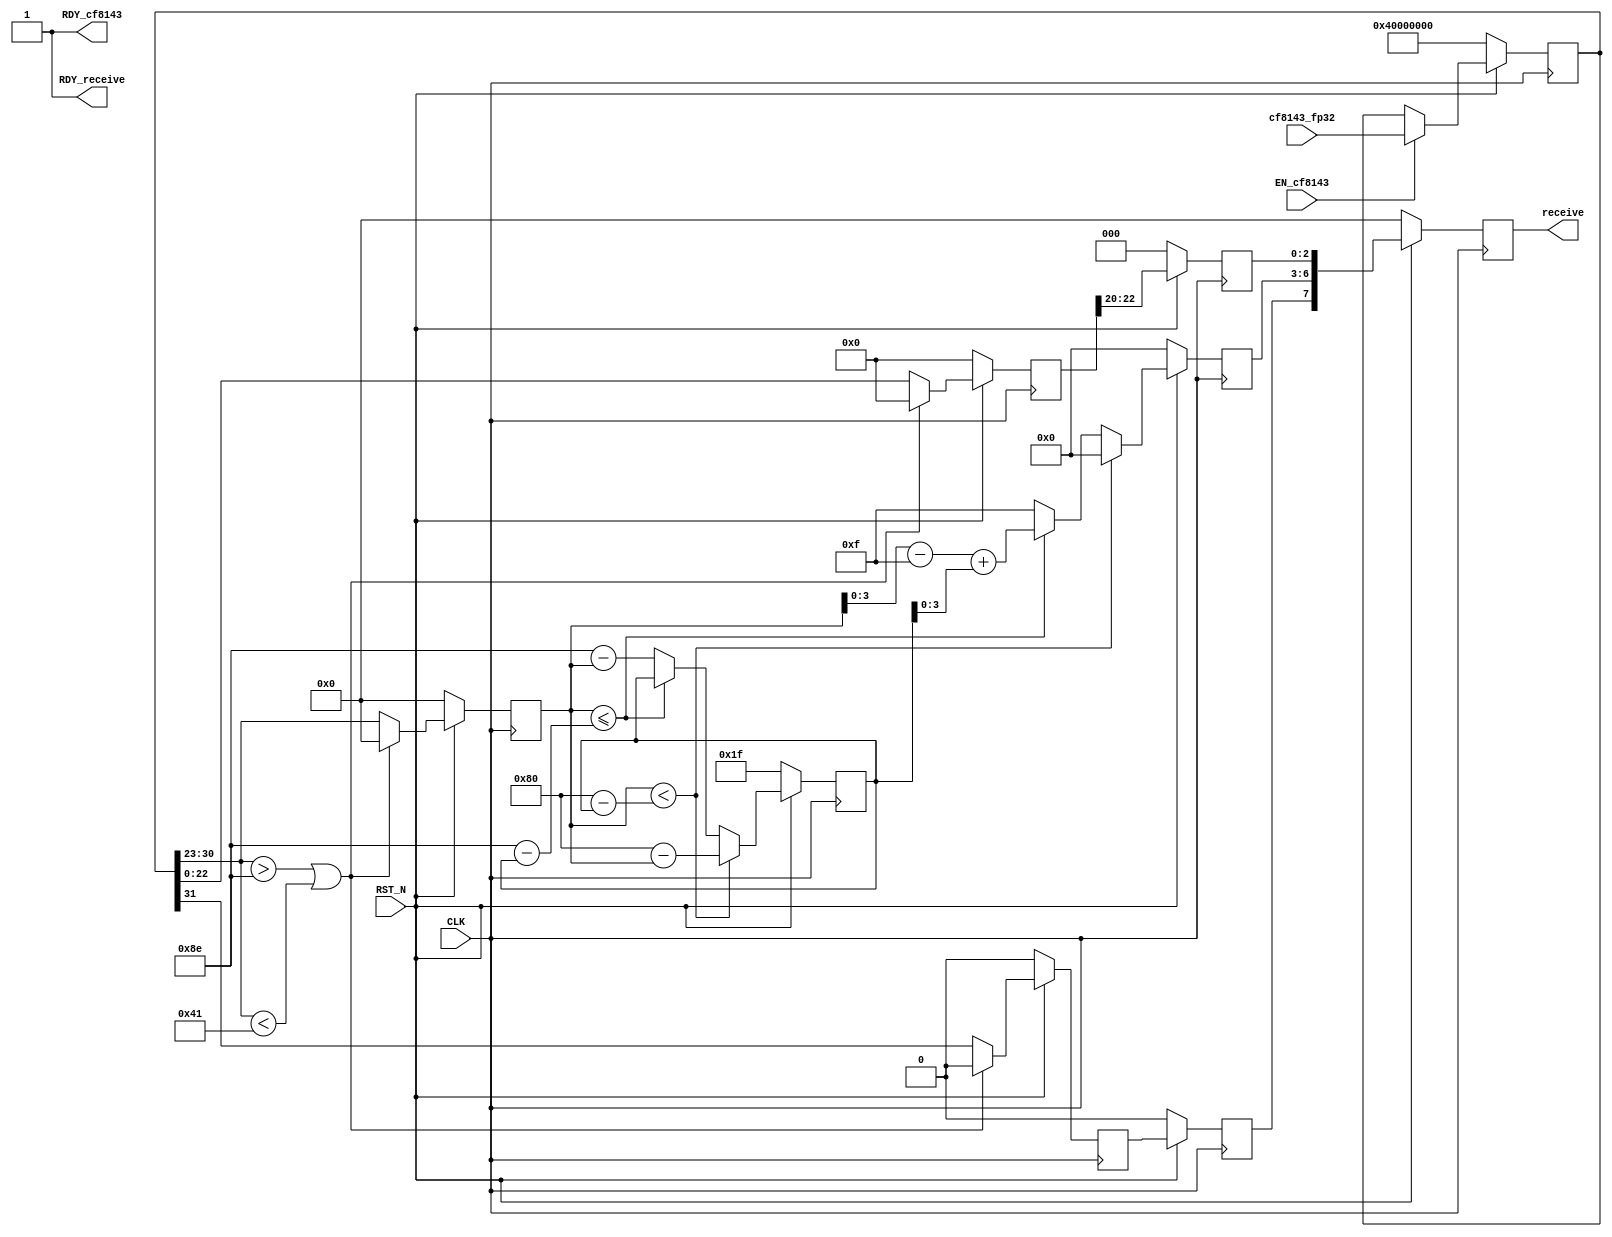
//
// Generated by Bluespec Compiler, version 2021.12.1 (build fd501401)
//
// On Mon Dec 11 13:48:31 IST 2023
//
//
// Ports:
// Name                         I/O  size props
// RDY_cf8143                     O     1 const
// receive                        O     8 reg
// RDY_receive                    O     1 const
// CLK                            I     1 clock
// RST_N                          I     1 reset
// cf8143_fp32                    I    32 reg
// EN_cf8143                      I     1
//
// No combinational paths from inputs to outputs
//
//

`ifdef BSV_ASSIGNMENT_DELAY
`else
  `define BSV_ASSIGNMENT_DELAY
`endif

`ifdef BSV_POSITIVE_RESET
  `define BSV_RESET_VALUE 1'b1
  `define BSV_RESET_EDGE posedge
`else
  `define BSV_RESET_VALUE 1'b0
  `define BSV_RESET_EDGE negedge
`endif

module mkFP32toCF8143(CLK,
		      RST_N,

		      cf8143_fp32,
		      EN_cf8143,
		      RDY_cf8143,

		      receive,
		      RDY_receive);
  input  CLK;
  input  RST_N;

  // action method cf8143
  input  [31 : 0] cf8143_fp32;
  input  EN_cf8143;
  output RDY_cf8143;

  // value method receive
  output [7 : 0] receive;
  output RDY_receive;

  // signals for module outputs
  wire [7 : 0] receive;
  wire RDY_cf8143, RDY_receive;

  // register bias
  reg [7 : 0] bias;
  wire [7 : 0] bias$D_IN;
  wire bias$EN;

  // register cf16op
  reg [7 : 0] cf16op;
  wire [7 : 0] cf16op$D_IN;
  wire cf16op$EN;

  // register exp_i
  reg [7 : 0] exp_i;
  wire [7 : 0] exp_i$D_IN;
  wire exp_i$EN;

  // register exp_o
  reg [7 : 0] exp_o;
  wire [7 : 0] exp_o$D_IN;
  wire exp_o$EN;

  // register fp32inp
  reg [31 : 0] fp32inp;
  wire [31 : 0] fp32inp$D_IN;
  wire fp32inp$EN;

  // register m_i
  reg [22 : 0] m_i;
  wire [22 : 0] m_i$D_IN;
  wire m_i$EN;

  // register m_o
  reg [2 : 0] m_o;
  wire [2 : 0] m_o$D_IN;
  wire m_o$EN;

  // register sb_i
  reg [1 : 0] sb_i;
  wire [1 : 0] sb_i$D_IN;
  wire sb_i$EN;

  // register sb_o
  reg [1 : 0] sb_o;
  wire [1 : 0] sb_o$D_IN;
  wire sb_o$EN;

  // remaining internal signals
  wire [7 : 0] x__h772, x__h799, x__h863, x__h867, y__h718, y__h746;
  wire [1 : 0] x__h384;
  wire exp_i_6_ULE_0b10001110_MINUS_bias_7_1___d22,
       exp_i_6_ULT_0b10000000_MINUS_bias_7_8___d19;

  // action method cf8143
  assign RDY_cf8143 = 1'd1 ;

  // value method receive
  assign receive = cf16op ;
  assign RDY_receive = 1'd1 ;

  // register bias
  assign bias$D_IN =
	     exp_i_6_ULT_0b10000000_MINUS_bias_7_8___d19 ?
	       x__h772 :
	       (exp_i_6_ULE_0b10001110_MINUS_bias_7_1___d22 ?
		  bias :
		  x__h799) ;
  assign bias$EN = 1'd1 ;

  // register cf16op
  assign cf16op$D_IN = { sb_o[0], exp_o[3:0], m_o } ;
  assign cf16op$EN = 1'd1 ;

  // register exp_i
  assign exp_i$D_IN =
	     (fp32inp[30:23] > 8'b10001110 || fp32inp[30:23] < 8'b01000001) ?
	       8'b0 :
	       fp32inp[30:23] ;
  assign exp_i$EN = 1'd1 ;

  // register exp_o
  assign exp_o$D_IN =
	     exp_i_6_ULT_0b10000000_MINUS_bias_7_8___d19 ?
	       8'b0 :
	       (exp_i_6_ULE_0b10001110_MINUS_bias_7_1___d22 ?
		  x__h863 :
		  8'b00001111) ;
  assign exp_o$EN = 1'd1 ;

  // register fp32inp
  assign fp32inp$D_IN = cf8143_fp32 ;
  assign fp32inp$EN = EN_cf8143 ;

  // register m_i
  assign m_i$D_IN =
	     (fp32inp[30:23] > 8'b10001110 || fp32inp[30:23] < 8'b01000001) ?
	       23'b0 :
	       fp32inp[22:0] ;
  assign m_i$EN = 1'd1 ;

  // register m_o
  assign m_o$D_IN = m_i[22:20] ;
  assign m_o$EN = 1'd1 ;

  // register sb_i
  assign sb_i$D_IN =
	     (fp32inp[30:23] > 8'b10001110 || fp32inp[30:23] < 8'b01000001) ?
	       2'b10 :
	       x__h384 ;
  assign sb_i$EN = 1'd1 ;

  // register sb_o
  assign sb_o$D_IN = sb_i ;
  assign sb_o$EN = 1'd1 ;

  // remaining internal signals
  assign exp_i_6_ULE_0b10001110_MINUS_bias_7_1___d22 = exp_i <= y__h746 ;
  assign exp_i_6_ULT_0b10000000_MINUS_bias_7_8___d19 = exp_i < y__h718 ;
  assign x__h384 = { 1'd0, fp32inp[31] } ;
  assign x__h772 = 8'b10000000 - exp_i ;
  assign x__h799 = 8'b10001110 - exp_i ;
  assign x__h863 = x__h867 + bias ;
  assign x__h867 = exp_i - 8'b01111111 ;
  assign y__h718 = 8'b10000000 - bias ;
  assign y__h746 = 8'b10001110 - bias ;

  // handling of inlined registers

  always@(posedge CLK)
  begin
    if (RST_N == `BSV_RESET_VALUE)
      begin
        bias <= `BSV_ASSIGNMENT_DELAY 8'b00011111;
	cf16op <= `BSV_ASSIGNMENT_DELAY 8'd0;
	exp_i <= `BSV_ASSIGNMENT_DELAY 8'd0;
	exp_o <= `BSV_ASSIGNMENT_DELAY 8'd0;
	fp32inp <= `BSV_ASSIGNMENT_DELAY 32'b01000000000000000000000000000000;
	m_i <= `BSV_ASSIGNMENT_DELAY 23'd0;
	m_o <= `BSV_ASSIGNMENT_DELAY 3'd0;
	sb_i <= `BSV_ASSIGNMENT_DELAY 2'd0;
	sb_o <= `BSV_ASSIGNMENT_DELAY 2'd0;
      end
    else
      begin
        if (bias$EN) bias <= `BSV_ASSIGNMENT_DELAY bias$D_IN;
	if (cf16op$EN) cf16op <= `BSV_ASSIGNMENT_DELAY cf16op$D_IN;
	if (exp_i$EN) exp_i <= `BSV_ASSIGNMENT_DELAY exp_i$D_IN;
	if (exp_o$EN) exp_o <= `BSV_ASSIGNMENT_DELAY exp_o$D_IN;
	if (fp32inp$EN) fp32inp <= `BSV_ASSIGNMENT_DELAY fp32inp$D_IN;
	if (m_i$EN) m_i <= `BSV_ASSIGNMENT_DELAY m_i$D_IN;
	if (m_o$EN) m_o <= `BSV_ASSIGNMENT_DELAY m_o$D_IN;
	if (sb_i$EN) sb_i <= `BSV_ASSIGNMENT_DELAY sb_i$D_IN;
	if (sb_o$EN) sb_o <= `BSV_ASSIGNMENT_DELAY sb_o$D_IN;
      end
  end

  // synopsys translate_off
  `ifdef BSV_NO_INITIAL_BLOCKS
  `else // not BSV_NO_INITIAL_BLOCKS
  initial
  begin
    bias = 8'hAA;
    cf16op = 8'hAA;
    exp_i = 8'hAA;
    exp_o = 8'hAA;
    fp32inp = 32'hAAAAAAAA;
    m_i = 23'h2AAAAA;
    m_o = 3'h2;
    sb_i = 2'h2;
    sb_o = 2'h2;
  end
  `endif // BSV_NO_INITIAL_BLOCKS
  // synopsys translate_on

  // handling of system tasks

  // synopsys translate_off
  always@(negedge CLK)
  begin
    #0;
    if (RST_N != `BSV_RESET_VALUE)
      if (sb_o[1]) $display("Error: Out of range of cfloat8152");
    if (RST_N != `BSV_RESET_VALUE)
      if (!sb_o[1])
	$display("Cfloat8143 representation is: %b and the bias is: %b",
		 cf16op,
		 bias[5:0]);
  end
  // synopsys translate_on
endmodule  // mkFP32toCF8143